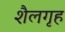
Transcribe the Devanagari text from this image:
शैलगृह